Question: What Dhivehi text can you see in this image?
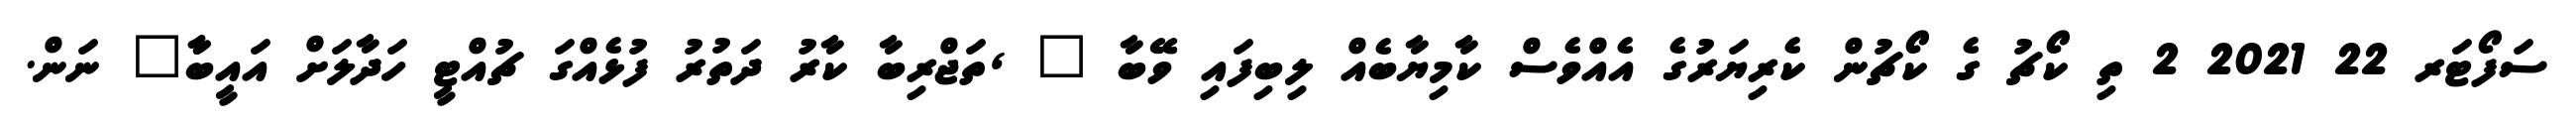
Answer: ސަފޯޓަރ 22 2021 2 ތި ކޯޗު ގެ ކޯޗުން ކެރިޔަރުގެ އެއްވެސް ކާމިޔާބެއް ލިބިފައި ވޭބާ ? ,ތަޖްރިބާ ކާރު ދަތުރު ފުޅެއްގަ ޗުއްޓީ ހަދާލަށް އައީބާާ? ނަން.